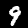
Digit: 9